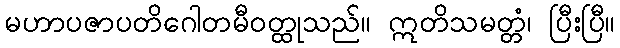
မဟာပဇာပတိဂေါတမီဝတ္ထုသည်။ ဣတိသမတ္တံ၊ ပြီးပြီ။